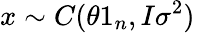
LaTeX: x\sim C(\theta 1_{n},I\sigma^{2})\,